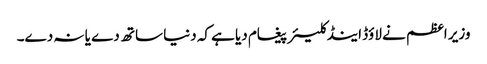
وزیر اعظم نے لاؤڈ اینڈ کلیئر پیغام دیا ہے کہ دنیا ساتھ دے یا نہ دے۔